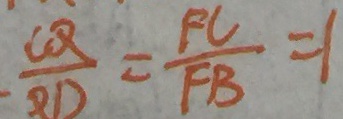
\frac { C Q } { B D } = \frac { F C } { F B } = 1